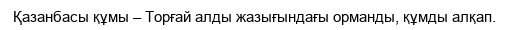
Қазанбасы құмы – Торғай алды жазығындағы орманды, құмды алқап.